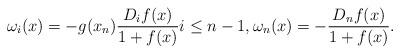
LaTeX: \begin{align*}\omega_i(x) = - g(x_n) \frac{D_if(x)}{1 + f(x)} i \leq n-1, \omega_n(x) = - \frac{D_nf(x)}{1 + f(x)}.\end{align*}